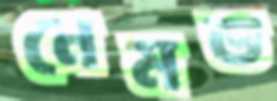
নেমড